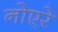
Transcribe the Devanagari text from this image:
नोएरे